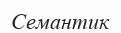
Семантик